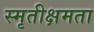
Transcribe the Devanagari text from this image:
स्मृतीक्षमता